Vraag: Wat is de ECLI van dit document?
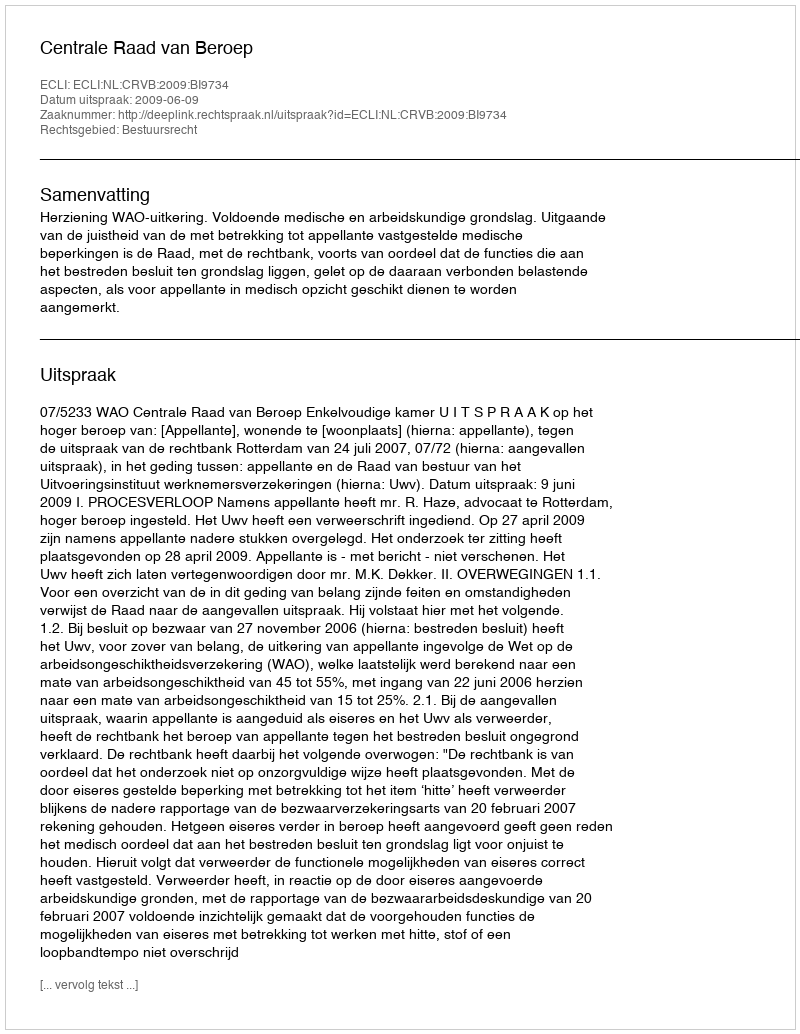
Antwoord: ECLI:NL:CRVB:2009:BI9734